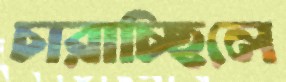
চারাচ্ছিলে